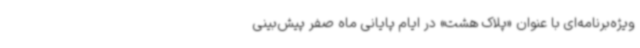
ویژه‌برنامه‌ای با عنوان «پلاک هشت» در ایام پایانی ماه صفر پیش‌بینی